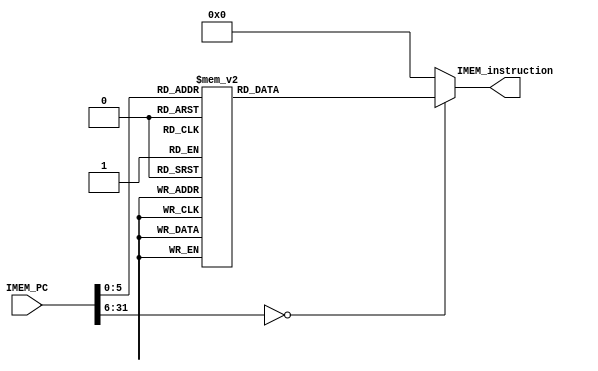
module IMEM(
input [31:0] IMEM_PC,
output reg[31:0] IMEM_instruction);

always@(IMEM_PC)
begin
	case(IMEM_PC)
		/*32'h0: IMEM_instruction <= 32'b00100010000100000000000000001111; //ADDI $s0 $s0 0x000F
		32'h4: IMEM_instruction <= 32'h20110014; //ADDI $s1 $zero 0x0014
		32'h8: IMEM_instruction <= 32'h20120024; //ADDI $s2 $zero 0x0024
		32'hC: IMEM_instruction <= 32'h02329820; //ADD $s3 $s1 $s2
		32'h10: IMEM_instruction <= 32'h0272402A; //SLT $t0 $s3 $s2
		32'h14: IMEM_instruction <= 32'b00100000000010010000000000000100; //addi $t1, $zero, 0x4
		32'h18: IMEM_instruction <= 32'b00100000000010100000000000000100; //addi $t2, $zero, 0x4
		32'h1C: IMEM_instruction <= 32'b00010001001010101111111111111000; //beq t1 t2 0
		//32'h20: IMEM_instruction <= 32'b00100001001010010000000000000111; // addi $t1, $t1 , 0x7
		//32'h24: IMEM_instruction <= 32'b00000001001010110110000000100000; //add $t4, $t1, $t3
		//32'h28: IMEM_instruction <= 32'b00000001010010010110000000100010; // sub $t4, $t2, $t1 
		/*32'd24: IMEM_instruction <= 32'b00000001010010010110000000100100; // and t4 t2 t1
		32'd28: IMEM_instruction <= 32'b00000001010010010110000000100101; // or t4 t2 t1
		32'd32: IMEM_instruction <= 32'b00000001010010010110000000101010; // slt t4 t2 t1
		32'd36: IMEM_instruction <= 32'b00000001001010100110000000101010;// slt t4 t1 t2*/
		//32'h2C: IMEM_instruction <= 32'b10101101010010010000000000000000; // sw t1, 0(t2);
		//32'h30: IMEM_instruction <= 32'b10001101010010110000000000000000; // lw t3, 0(t2);
		/*32'd32: IMEM_instruction <= 32'b10001101011011000000000000000100; //lw t4, 4(t3);
		32'd36: IMEM_instruction <= 32'b10001101011011010000000000000100; //lw t5 , 0x4(t3)
		32'd40: IMEM_instruction <= 32'b00100001010010100000000000000111; // addi t2 t2 0x7     ( t2 = t1)
		32'd44: IMEM_instruction <= 32'b00100000000010011111111111111111; // addi t1 zero 0xFFFF
		32'd84: IMEM_instruction <= 32'b00100001001010010001111111111111; //addi t1 t1 0x8FFF
		32'd88: IMEM_instruction <= 32'b00100001001010010001111111111111;*/ // addi t1 t1 0x8FFF
		//32'h34: IMEM_instruction <= 32'b00010101001010101111111111110010; // bne t1 t2 0xFFF2
		
		32'h0: IMEM_instruction <= 32'b00100010000100000000000000010101; //ADDI $s0 $s0 15
		32'h4: IMEM_instruction <= 32'b00100010001100010000000000010110; //ADDI $s1 $s1 16
		32'h8: IMEM_instruction <= 32'b00000010000100011010100000100000; //ADD s5 s0 s1
		32'hC: IMEM_instruction <= 32'b00000010000100011001000000100010; //sub s2 s0 s1
		32'h10: IMEM_instruction <=32'b00000010001100001001000000100010; //sub s2 s1 s0
		32'h14: IMEM_instruction <=32'b00000010000100011001100000100100; //and s3 s0 s1
		32'h18: IMEM_instruction <=32'b00000010000100011001100000100101; //or s3 s0 s1
		32'h1C: IMEM_instruction <=32'b00000010000100011010000000101010; //slt s4 s0 s1
		32'h20: IMEM_instruction <=32'b00000010001100001010000000101010; // slt s4 s1 s0
		32'h24: IMEM_instruction <=32'b00100000000010000000000000101010; //addi $t, 0, 2A
		32'h28: IMEM_instruction <=32'b00010001000100001111111111110101;				// beq t0 s0
		32'h2C: IMEM_instruction <=32'b10101100000100000000000000000000; // sw s0 0(0)
		32'h30: IMEM_instruction <=32'b10001100000010010000000000000000; // lw t1 0(0)
		32'h34: IMEM_instruction <=32'b10001100000010100000000000000111; // lw t2 7(0)
		32'h38: IMEM_instruction <=32'b00001011111111111111111111110001; // j
		default: IMEM_instruction <= 32'h0;
	endcase
end
endmodule